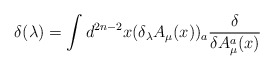
\begin{align*}\delta(\lambda)=\int d^{2n-2}x (\delta_{\lambda} A_{\mu}(x))_{a}\frac{\delta}{\delta A_{\mu}^{a} (x)}\end{align*}